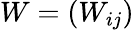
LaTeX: W=(W_{ij})